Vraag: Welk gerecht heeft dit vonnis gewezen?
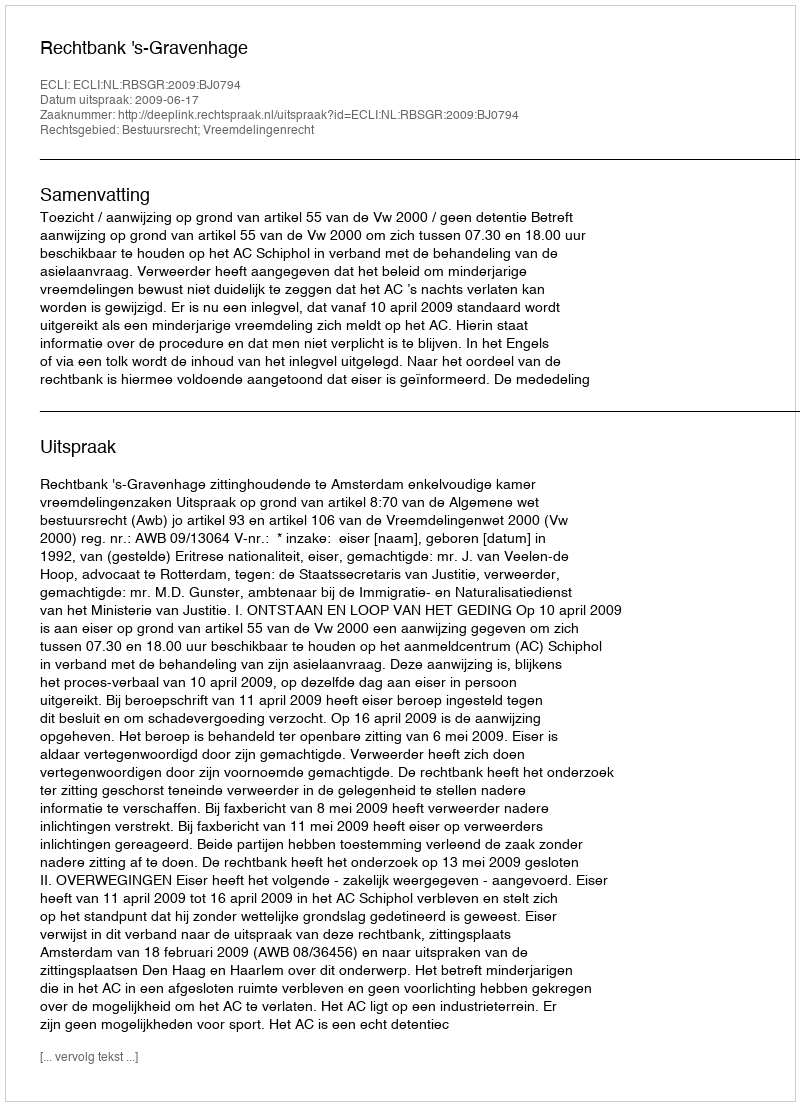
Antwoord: Rechtbank 's-Gravenhage